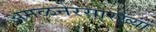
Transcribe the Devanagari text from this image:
अमळनेरसारख्या